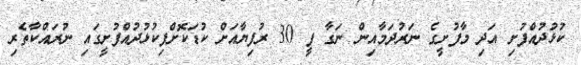
ކުޅުދުއްފުށި އަދި މާފުށީގެ ނަރުދަމާއިން ނަގާ ފީ 30 ރުފިޔާއަށް ކުޑަކޮށްފިކުޅުދުއްފުށީގައި ނުރައްކާތެރި